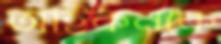
আইকনকে